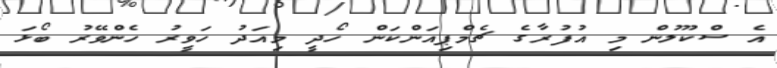
އެ ސްކޫލުން މި އުފުރާގެ ޗެމްޕިއަންކަން ހޯދީ މިއަދު ހަވީރު ހެންވޭރު ބޯޅަ